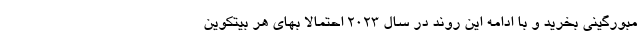
مبورگینی بخرید و با ادامه این روند در سال ۲۰۲۳ احتمالا بهای هر بیتکوین